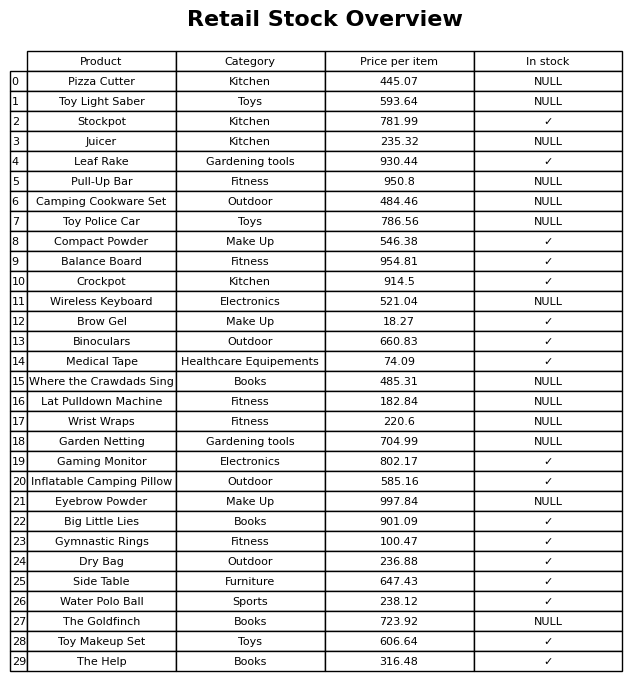
question: What is the price of the Eyebrow Powder?
answer: The price of Eyebrow Powder is 997.84.